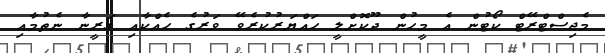
މެޖިސްޓްރޭޓް ކޯޓުން އެ މީހުން ދޫކޮށްލީ ހައްޔަރުކުރެވޭ ވަރުގެ ހެއްކާއި ގަރީނާ ނެތުމާއި